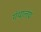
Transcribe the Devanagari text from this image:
गंथालय